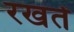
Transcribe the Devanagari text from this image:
रखतेें